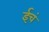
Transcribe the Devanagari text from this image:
ईचं